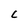
Character: C